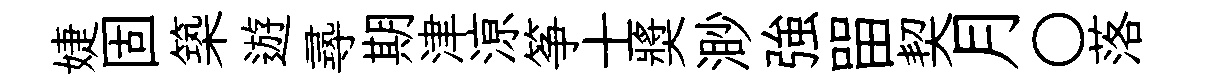
婕固築遊𡬶期津鿌筝士奬渺強㽞契月〇落